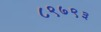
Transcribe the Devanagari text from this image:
८९७९३